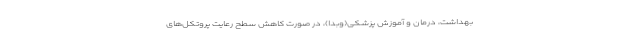
بهداشت، درمان و آموزش پزشکی(وبدا)، در صورت کاهش سطح رعایت پروتکل‌های